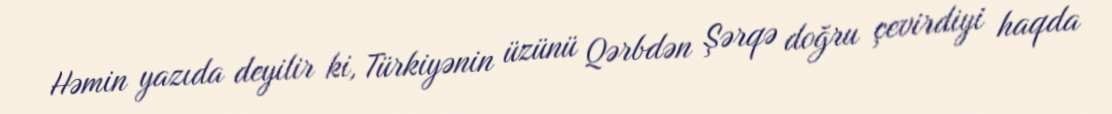
Həmin yazıda deyilir ki, Türkiyənin üzünü Qərbdən Şərqə doğru çevirdiyi haqda